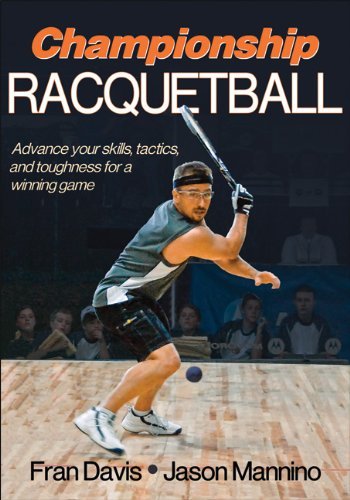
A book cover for Championship Racquetball [Paperback] [2011] (Author) Fran Davis, Jason Mannino; Sports & Outdoors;